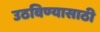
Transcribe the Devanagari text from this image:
उठविण्यासाठी